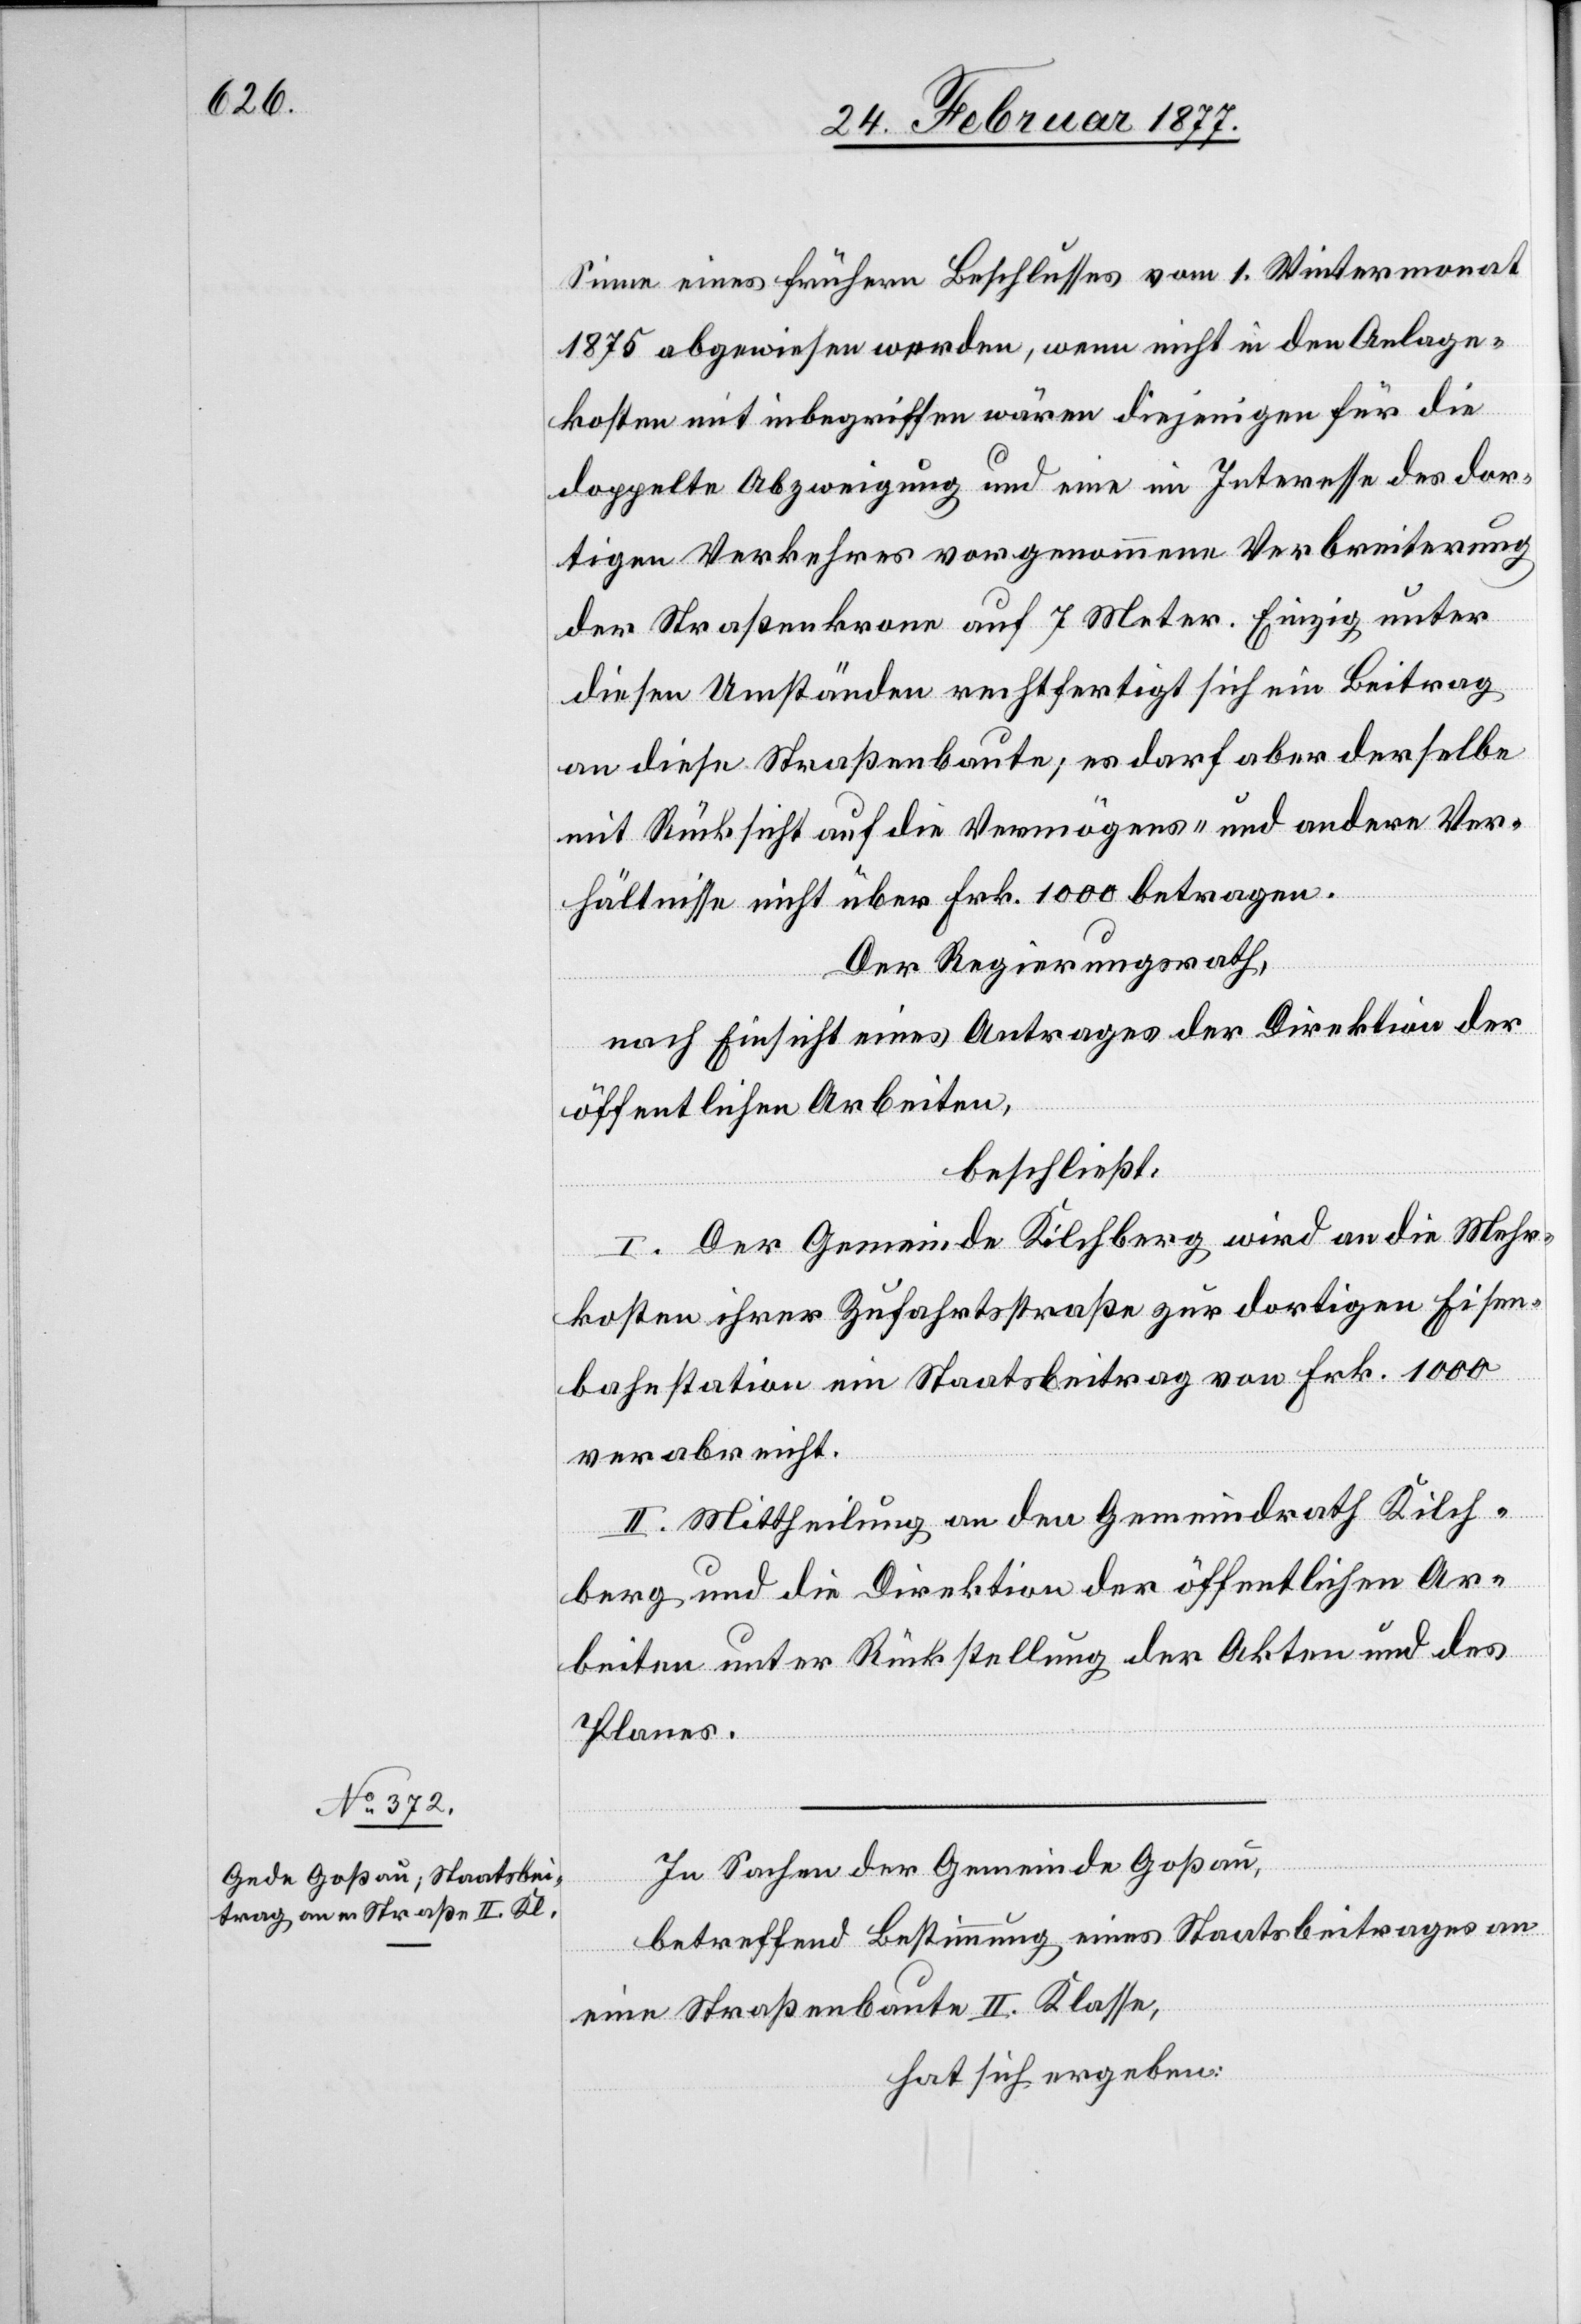
Sinne eines frühern Beschlusses vom 1. Wintermonat
1875 abgewiesen werden, wenn nicht in den Anlage¬
kosten mit inbegriffen wären diejenigen für die
doppelte Abzweigung und eine im Interesse des dor¬
tigen Verkehres vorgenommene Verbreiterung
der Straßenkrone auf 7 Meter. Einzig unter
diesen Umständen rechtfertigt sich ein Beitrag
an diese Straßenbaute; es darf aber derselbe
mit Rücksicht auf die Vermögens- und andere Ver¬
hältnisse nicht über Frk. 1000 betragen.
Der Regierungsrath,
nach Einsicht eines Antrages der Direktion der
öffentlichen Arbeiten,
beschließt:
I. Der Gemeinde Kilchberg wird an die Mehr¬
kosten ihrer Zufahrtstraße zur dortigen Eisen¬
bahnstation ein Staatsbeitrag von Frk. 1000
verabreicht.
II. Mittheilung an den Gemeindrath Kilch¬
berg und die Direktion der öffentlichen Ar¬
beiten unter Rückstellung der Akten und des
Planes.
In Sachen der Gemeinde Goßau,
betreffend Bestimmung eines Staatsbeitrages an
eine Straßenbaute II. Klasse,
hat sich ergeben: